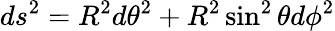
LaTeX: ds^{2}=R^{2}d\theta^{2}+R^{2}\sin^{2}\theta d\phi^{2}